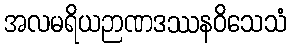
အလမရိယဉာဏဒဿနဝိသေသံ